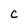
Character: C